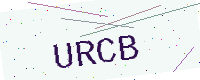
Text: URCB